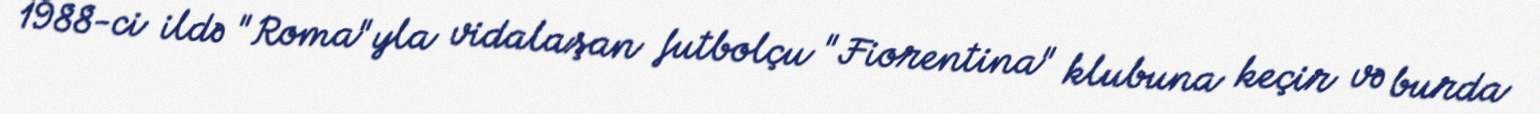
1988-ci ildə "Roma"yla vidalaşan futbolçu "Fiorentina" klubuna keçir və burda